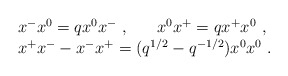
\begin{align*}\begin{array}{l}x^-x^0=qx^0x^-~,~~~~~x^0x^+=qx^+x^0~,\\x^{+}x^{-}-x^{-}x^{+}=(q^{1/2}-q^{-1/2})x^0x^0~.\end{array}\end{align*}